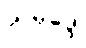
သမုဒ္ဒေါ